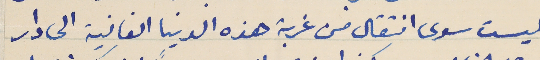
ليست سوى انتقال من غربة هذه الدنيا الفانية الى دار